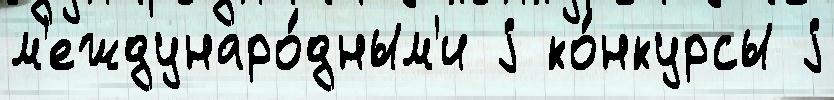
м'еждунаро́дным'и j ко́нкурсы j